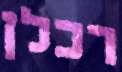
רכלן